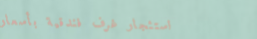
استئجار غرف فندقية بأسعار